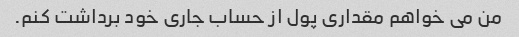
من می خواهم مقداری پول از حساب جاری خود برداشت کنم.